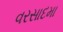
વરસાદમા